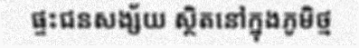
ផ្ទះជនសង្ស័យ ស្ថិតនៅក្នុងភូមិថ្ម